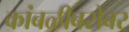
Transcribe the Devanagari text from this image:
कांबळीबरोबर